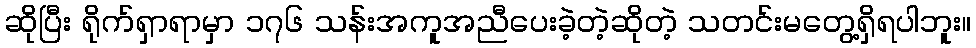
ဆိုပြီး ရိုက်ရှာရာမှာ ၁၇၆ သန်းအကူအညီပေးခဲ့တဲ့ဆိုတဲ့ သတင်းမတွေ့ရှိရပါဘူး။